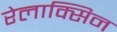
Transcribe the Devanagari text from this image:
रेलाक्सिन